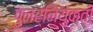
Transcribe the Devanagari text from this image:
पुनर्नियुक्ती